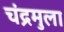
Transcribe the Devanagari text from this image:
चंद्रमुला